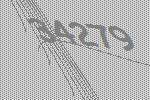
34279